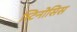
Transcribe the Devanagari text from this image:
स्टिनोसिस